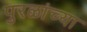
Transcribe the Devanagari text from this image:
पुरळांच्या